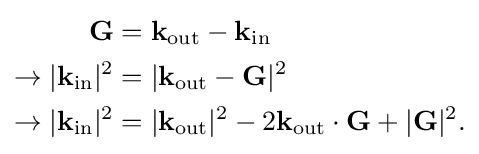
{\begin{aligned}\mathbf {G} &=\mathbf {k} _{\mathrm {out} }-\mathbf {k} _{\mathrm {in} }\\\rightarrow |\mathbf {k} _{\mathrm {in} }|^{2}&=|\mathbf {k} _{\mathrm {out} }-\mathbf {G} |^{2}\\\rightarrow |\mathbf {k} _{\mathrm {in} }|^{2}&=|\mathbf {k} _{\mathrm {out} }|^{2}-2\mathbf {k} _{\mathrm {out} }\cdot \mathbf {G} +|\mathbf {G} |^{2}.\end{aligned}}